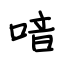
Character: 喑